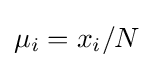
\mu _{i}=x_{i}/N